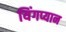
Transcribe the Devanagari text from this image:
यिंगप्यान